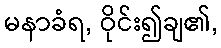
မနာခံရ, ဝိုင်း၍ချ၏,